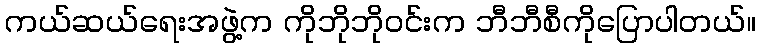
ကယ်ဆယ်ရေးအဖွဲ့က ကိုဘိုဘိုဝင်းက ဘီဘီစီကိုပြောပါတယ်။